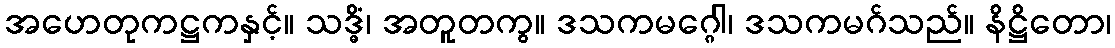
အဟေတုကဋ္ဌကနှင့်။ သဒ္ဓိံ၊ အတူတကွ။ ဒသကမဂ္ဂေါ၊ ဒသကမဂ်သည်။ နိဋ္ဌိတော၊